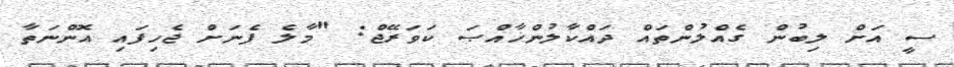
ސީ އަށް ލިބުން ގެއްލުންތައް ދައްކާލުންޚާއްޞަ ކަވަރޭޖް: "މާލެ ފެނަށް ޖެހިފައި އޮންނަތާ